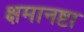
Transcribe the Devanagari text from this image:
क्षमानष्टा